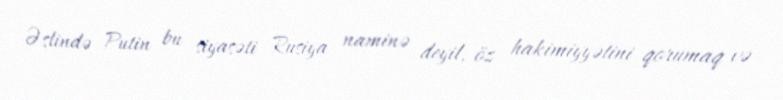
Əslində Putin bu siyasəti Rusiya naminə deyil, öz hakimiyyətini qorumaq və